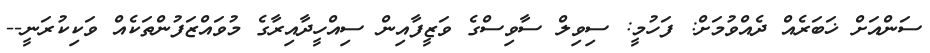
ސަންއަށް ޚަބަރެއް ދެއްވުމަށް: ފަހުމީ: ސިވިލް ސާވިސްގެ ވަޒީފާއިން ސިއްހީދާއިރާގެ މުވައްޒަފުންތަކެއް ވަކިކުރަނީ--